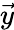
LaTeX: \vec{y}